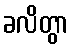
ခလိတွာ